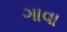
ગાવા